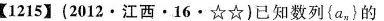
【1215】(2012·江西·16·☆☆)已知数列{a_{n}}的